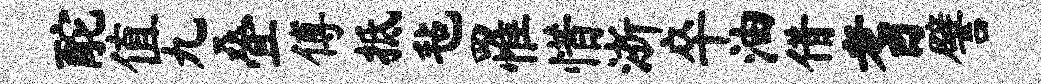
酡值九叠傅抵毡罹惜浙卒油借耆譬